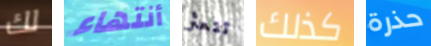
لك أنتهاء تتعثر كذلك حذرة